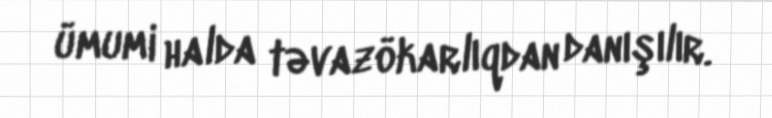
ümumi halda təvazökarlıqdan danışılır.